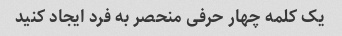
یک کلمه چهار حرفی منحصر به فرد ایجاد کنید